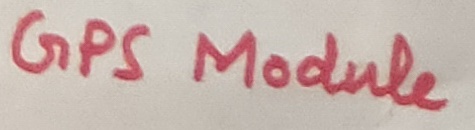
Text: GPS Module